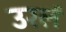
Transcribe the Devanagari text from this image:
उरलं